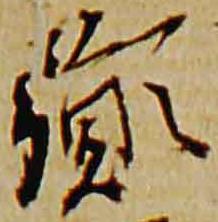
胤